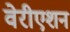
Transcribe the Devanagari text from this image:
वेरीएशन